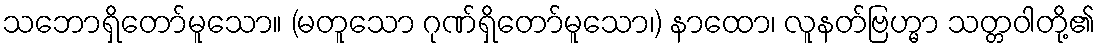
သဘောရှိတော်မူသော။ (မတူသော ဂုဏ်ရှိတော်မူသော၊) နာထော၊ လူနတ်ဗြဟ္မာ သတ္တဝါတို့၏